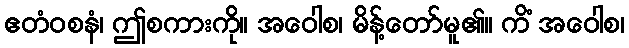
ဧတံဝစနံ၊ ဤစကားကို။ အဝေါစ၊ မိန့်တော်မူ၏။ ကိံ အဝေါစ၊